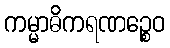
ကမ္မာဓိကရဏဉ္စေဝ